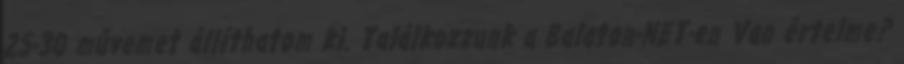
25-30 művemet állíthatom ki. Találkozzunk a Balaton-NET-en Van értelme?